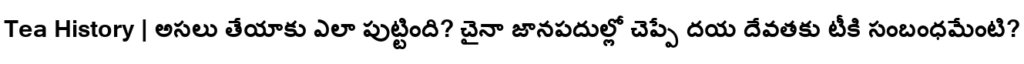
Tea History | అసలు తేయాకు ఎలా పుట్టింది? చైనా జానపదుల్లో చెప్పే దయ దేవతకు టీకి సంబంధమేంటి?